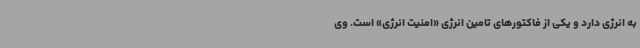
به انرژی دارد و یکی از فاکتورهای تامین انرژی «امنیت انرژی» است. وی